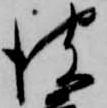
彼